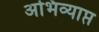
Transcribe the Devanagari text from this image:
अभिव्याप्त